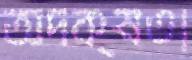
অদক্ষতা